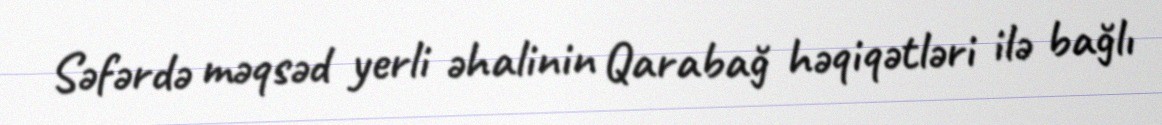
Səfərdə məqsəd yerli əhalinin Qarabağ həqiqətləri ilə bağlı